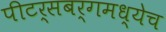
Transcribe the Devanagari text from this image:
पीटर्सबर्गमध्येच